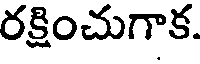
రక్షించుగాక.